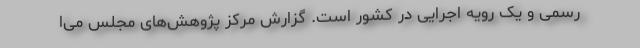
رسمی و یک رویه اجرایی در کشور است. گزارش مرکز پژوهش‌های مجلس می‌ا